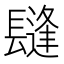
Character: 𨲫